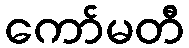
ကော်မတီ